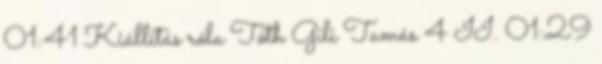
01:41 Kiállítás róla Tóth Gili Tamás 4 II. 01:29